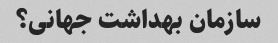
سازمان بهداشت جهانی؟